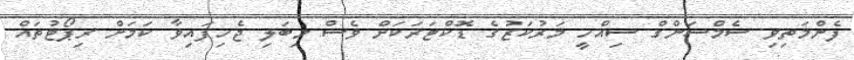
ފެންމަތިވި ސެމްސަންގް ސިއްހީ މަރުކަޒުގެ ޑޮކްޓަރަކަށް ވެސް މިބަލި ޖެހިފައިވާ ކަމަށް ރިޕޯޓުތައް